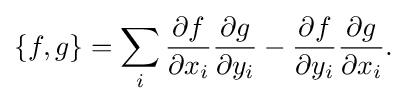
\displaystyle {\{f,g\}=\sum _{i}{\partial f \over \partial x_{i}}{\partial g \over \partial y_{i}}-{\partial f \over \partial y_{i}}{\partial g \over \partial x_{i}}.}